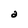
Character: a